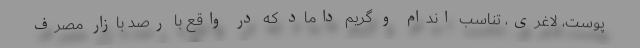
پوست، لاغری، تناسب اندام و گریم داماد که در واقع با رصد بازار مصرف